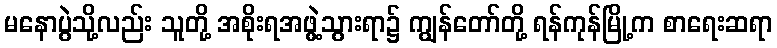
မနောပွဲသို့လည်း သူတို့ အစိုးရအဖွဲ့သွားရာ၌ ကျွန်တော်တို့ ရန်ကုန်မြို့က စာရေးဆရာ